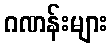
ဂဏန်းများ